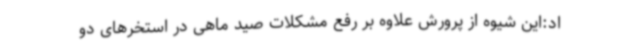
اد:این شیوه از پرورش علاوه بر رفع مشکلات صید ماهی در استخرهای دو